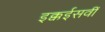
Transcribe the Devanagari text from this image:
इक्कईसवीं